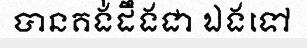
បានគង់ដឹងជា ឯងទៅ